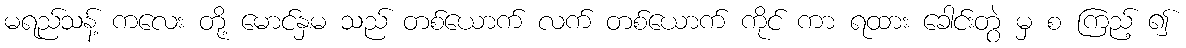
မရည်သန့် ကလေး တို့ မောင်နှမ သည် တစ်ယောက် လက် တစ်ယောက် ကိုင် ကာ ရထား ခေါင်းတွဲ မှ စ ကြည့် ၍